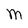
Character: M